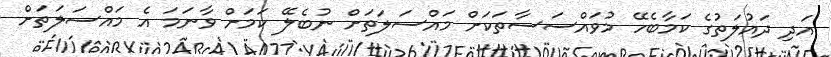
އަދި ދައުލަތުގެ ކަމާބެހޭ މުވައްސަސާތަކަށް މައްސަލަތަށް ނުބެލޭ ކަމަށް ވާނަމަ އެ މައްސަލަތަށް